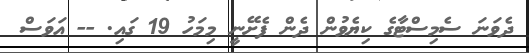
ދެވަނަ ސެމިސްޓާގެ ކިޔެވުން ދެން ފެށޭނީ މިމަހު 19 ގައި. -- އަވަސް